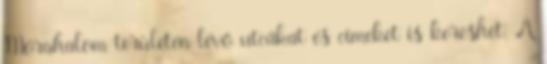
Mórahalom területén lévő utcákat és címeket is kereshet. A